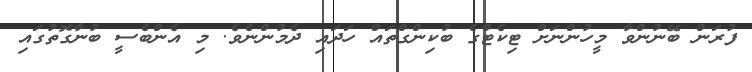
ފުރަން ބޭނުންވާ މީހުންނަށް ޓިކެޓްގެ ބުކިންގްތައް ހަދައި ދެމުންނެވެ. މި އެންބެސީ ބުނާގޮތުގައި